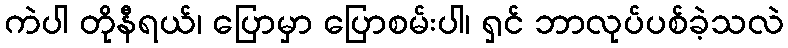
ကဲပါ တိုနီရယ်၊ ပြောမှာ ပြောစမ်းပါ၊ ရှင် ဘာလုပ်ပစ်ခဲ့သလဲ